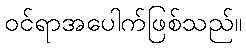
ဝင်ရာအပေါက်ဖြစ်သည်။